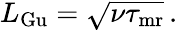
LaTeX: \begin{array}{r}{L_{\mathrm{Gu}}=\sqrt{{\nu}\tau_{\mathrm{mr}}}\, .}\end{array}